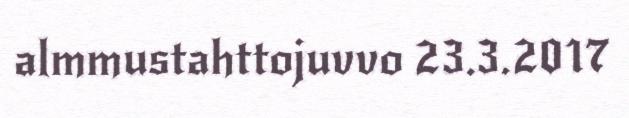
almmustahttojuvvo 23.3.2017